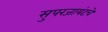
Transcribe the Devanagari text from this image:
सुपरजायंटचे